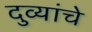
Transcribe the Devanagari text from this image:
दुव्यांचे